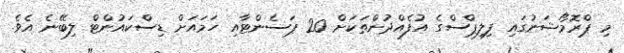
މި ޕްރޮމޯޝަނުގައި ފިލިޕްސްގެ އުފެއްދުންތަކަށް 20 ޕަސެންޓާއި ހަމައަށް ޑިސްކައުންޓް ލިބޭނެ އެވެ.